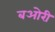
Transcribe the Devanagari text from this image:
बओरी